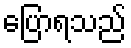
ပြောရသည်